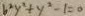
b ^ { 2 } y ^ { 2 } + y ^ { 2 } - 1 = 0